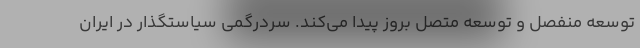
توسعه منفصل و توسعه متصل بروز پیدا می‌کند. سردرگمی سیاستگذار در ایران